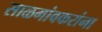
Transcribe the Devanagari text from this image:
साळगांवकरांना